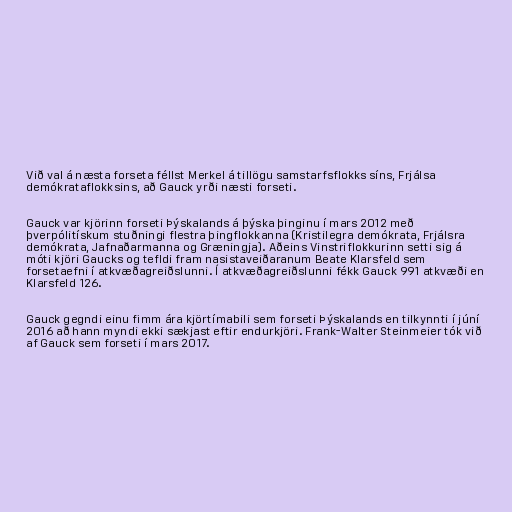
Við val á næsta forseta féllst Merkel á tillögu samstarfsflokks síns, Frjálsa
demókrataflokksins, að Gauck yrði næsti forseti.

Gauck var kjörinn forseti Þýskalands á þýska þinginu í mars 2012 með
þverpólitískum stuðningi flestra þingflokkanna (Kristilegra demókrata, Frjálsra
demókrata, Jafnaðarmanna og Græningja). Aðeins Vinstriflokkurinn setti sig á
móti kjöri Gaucks og tefldi fram nasistaveiðaranum Beate Klarsfeld sem
forsetaefni í atkvæðagreiðslunni. Í atkvæðagreiðslunni fékk Gauck 991 atkvæði en
Klarsfeld 126.

Gauck gegndi einu fimm ára kjörtímabili sem forseti Þýskalands en tilkynnti í júní
2016 að hann myndi ekki sækjast eftir endurkjöri. Frank-Walter Steinmeier tók við
af Gauck sem forseti í mars 2017.